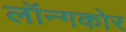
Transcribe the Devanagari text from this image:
लॉन्गकोर